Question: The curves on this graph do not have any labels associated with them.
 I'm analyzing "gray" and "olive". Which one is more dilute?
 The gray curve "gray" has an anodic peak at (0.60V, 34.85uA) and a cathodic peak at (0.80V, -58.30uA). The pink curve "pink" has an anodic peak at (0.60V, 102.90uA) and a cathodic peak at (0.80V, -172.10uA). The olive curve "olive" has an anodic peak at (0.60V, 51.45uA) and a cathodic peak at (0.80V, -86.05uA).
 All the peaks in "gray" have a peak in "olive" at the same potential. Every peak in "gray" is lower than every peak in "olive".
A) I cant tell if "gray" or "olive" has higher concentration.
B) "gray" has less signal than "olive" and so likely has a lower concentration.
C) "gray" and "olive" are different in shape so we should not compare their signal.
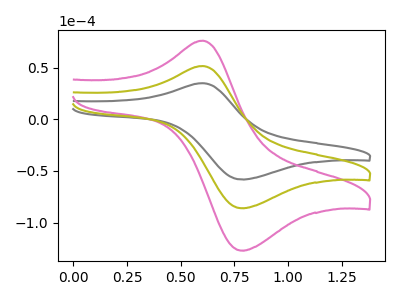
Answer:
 <answer>B) "gray" has less signal than "olive" and so likely has a lower concentration.</answer>
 <eval>B</eval>